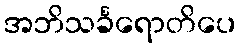
အဘိသင်္ခရောတိပေ